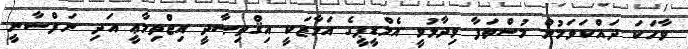
ވާހަކަ ދައްކަވަމުން މުސްތަފާ ވިދާޅުވީ އެމްޑީޕީގެ އަމާޒަކީ އިޤްތިޞާދީ އިޖްތިމާޢީ އަދި ނަފްސާނީ